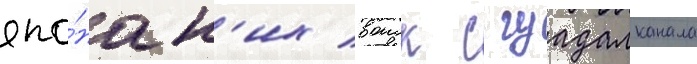
япо́нск'их воиск с гуадалканала